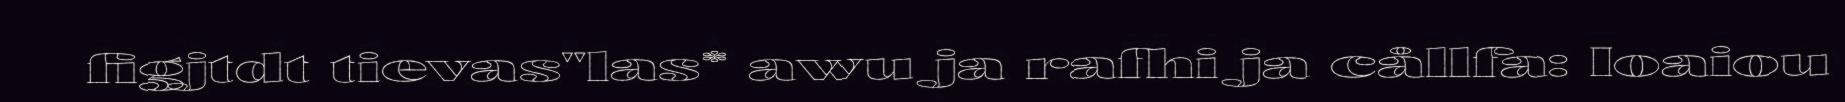
figjtdt tievas"las* awu ja rafhi ja cållfa: Ioaiou